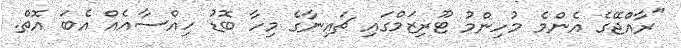
"ރާއްޖޭގެ އެންމެ މުހިންމު ޓޫރިޒަމްގައި ޗައިނާގެ މިހާ ބޮޑު ހިއްސާއެއް އެބަ އޮތް.